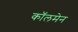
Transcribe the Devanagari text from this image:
कॉलमेन